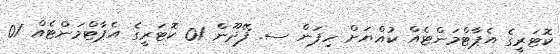
ކޮޓަރީގެ އެޕާޓްމަންޓެއް ކުއްޔަށް ހިފަން ސ. ފޭދޫން 01 ކޮޓަރީގެ އެޕާޓްމަންޓެއް 01